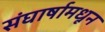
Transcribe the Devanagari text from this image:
संघार्षामधून